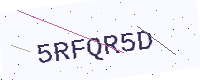
Text: 5RFQR5D